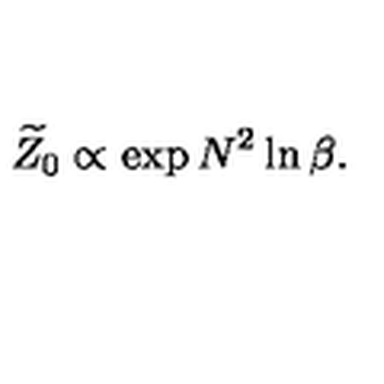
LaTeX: \widetilde { Z } _ { 0 } \propto \exp N ^ { 2 } \ln \beta .